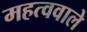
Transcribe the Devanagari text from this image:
महत्ववाले